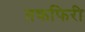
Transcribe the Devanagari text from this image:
तकफिरी